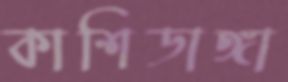
কাশিডাঙ্গা